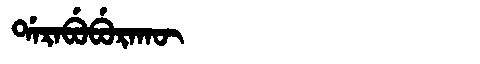
Manchu: ᡩᠠᡵᠠᠪᡠᠪᡠᡵᠠᡴᡡ
Romanization: DARABUBURAKŪ